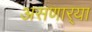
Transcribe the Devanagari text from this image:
असणार्‍या